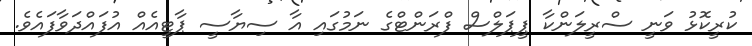
ކުރީކޮޅު ވަނީ ސްރީލަންކާ ޕީޕަލްސް ފްރަންޓްގެ ނަމުގައި އާ ސިޔާސީ ޕާޓީއެއް އުފައްދަވާފައެވެ.